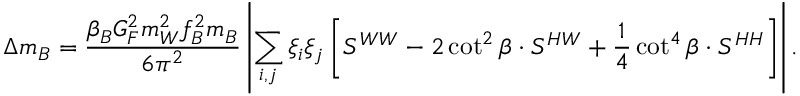
\Delta m _ { B } = \frac { \beta _ { B } G _ { F } ^ { 2 } m _ { W } ^ { 2 } f _ { B } ^ { 2 } m _ { B } } { 6 \pi ^ { 2 } } \left\vert \sum _ { i , j } \xi _ { i } \xi _ { j } \left[ S ^ { W W } - 2 \cot ^ { 2 } \beta \cdot S ^ { H W } + \frac { 1 } { 4 } \cot ^ { 4 } \beta \cdot S ^ { H H } \right] \right\vert .